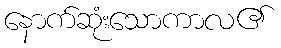
နောက်ဆုံးသောကာလ၏